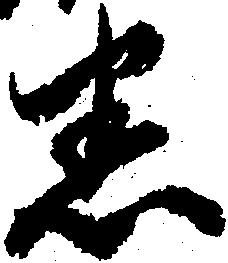
悉